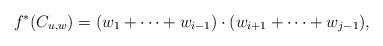
\begin{align*}f^\ast(C_{u,w}) = (w_1+\cdots + w_{i-1}) \cdot (w_{i+1}+\cdots+w_{j-1}),\end{align*}